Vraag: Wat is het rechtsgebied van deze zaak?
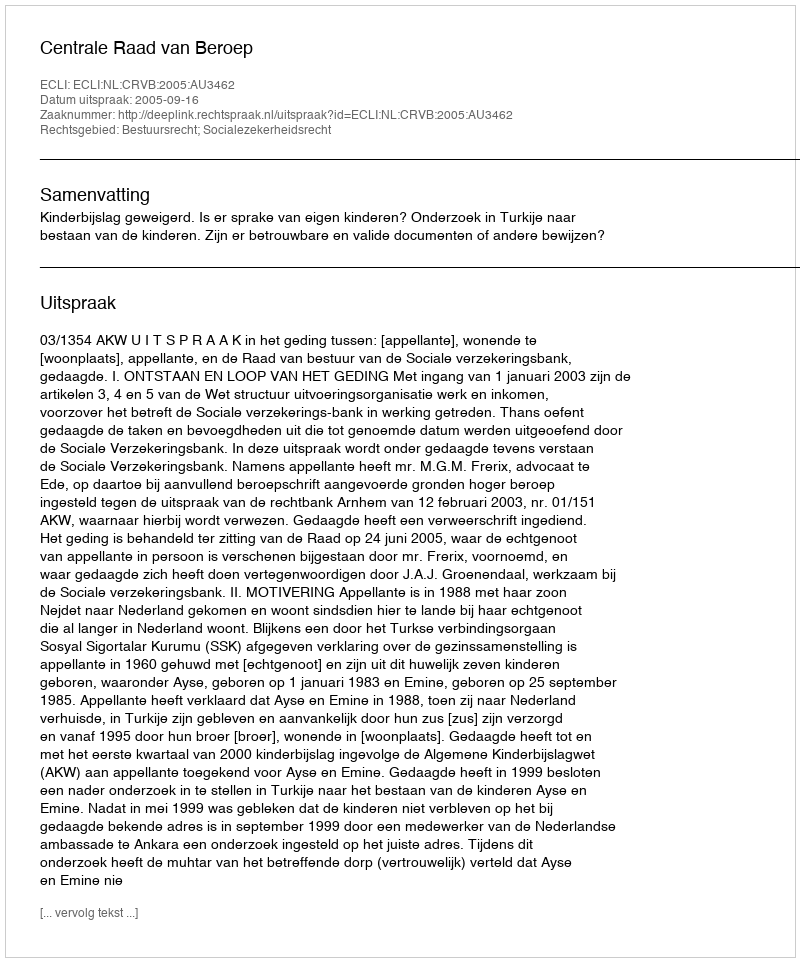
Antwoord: Bestuursrecht; Socialezekerheidsrecht